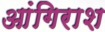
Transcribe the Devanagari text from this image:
आंगिराश